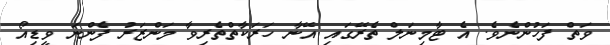
ވަތް ފަހުންނެވެ. އެ ޓާމިނަލް ތެރޭގައި އޭނާ ހަރަކާތްތެރިވާ މަންޒަރު ފެންނަ ވީޑިއޯ